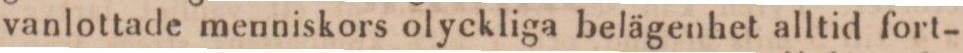
vanlottade menniskors olyckliga belägenhet alltid fort-